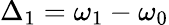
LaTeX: \Delta_{1}=\omega_{1}-\omega_{0}